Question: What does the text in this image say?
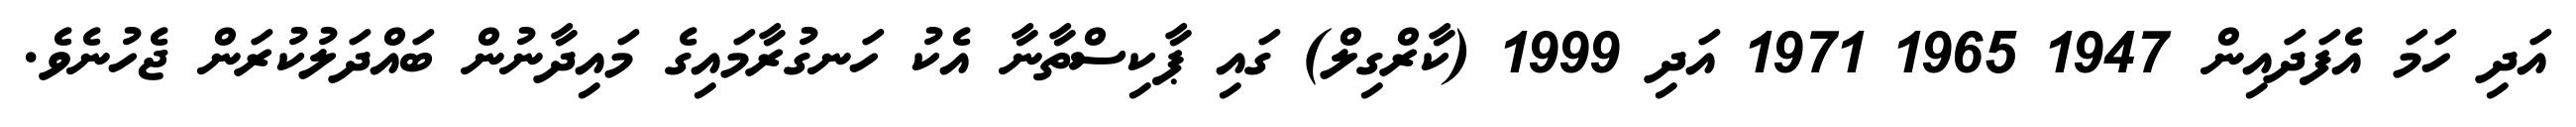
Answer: އަދި ހަމަ އެފަދައިން 1947 1965 1971 އަދި 1999 (ކާރްގިލް) ގައި ޕާކިސްތާނާ އެކު ހަނގުރާމައިގެ މައިދާނުން ބައްދަލުކުރަން ޖެހުނެވެ.